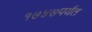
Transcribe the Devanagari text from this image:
१७४७पर्यंत